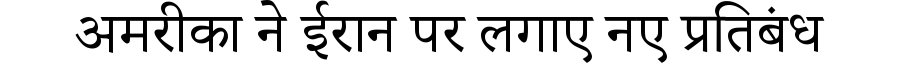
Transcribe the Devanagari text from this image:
अमरीका ने ईरान पर लगाए नए प्रतिबंध